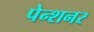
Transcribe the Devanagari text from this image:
पेन्शनर